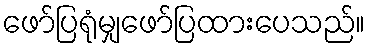
ဖော်ပြရုံမျှဖော်ပြထားပေသည်။